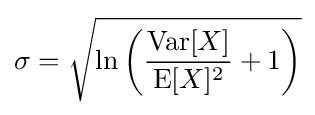
\sigma ={\sqrt {\ln \left({\frac {\operatorname {Var} [X]}{\operatorname {E} [X]^{2}}}+1\right)}}